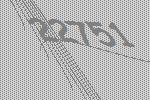
22751